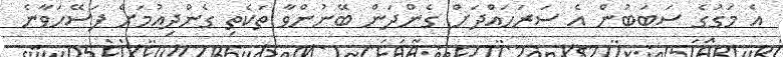
އެ މަގުގެ ސަބަބުން އެ ސަރަހައްދަށް ގެންދަން ބޭނުންވާ ތަކެތި ގެންދިއުމަށް ފަސޭހަވާނެ